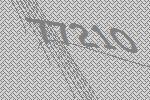
77210